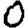
Digit: 0